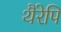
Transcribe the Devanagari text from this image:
थैरेपि